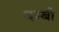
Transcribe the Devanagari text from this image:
बम्बी